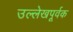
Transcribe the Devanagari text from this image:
उल्लेखपूर्वक